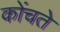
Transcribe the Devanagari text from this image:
कोंचते